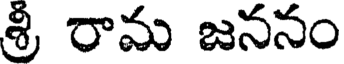
శ్రీ రామ జననం